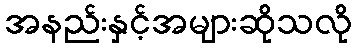
အနည်းနှင့်အများဆိုသလို